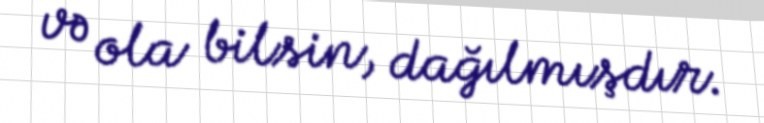
və ola bilsin, dağılmışdır.